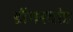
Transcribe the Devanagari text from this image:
डोंगरदांड